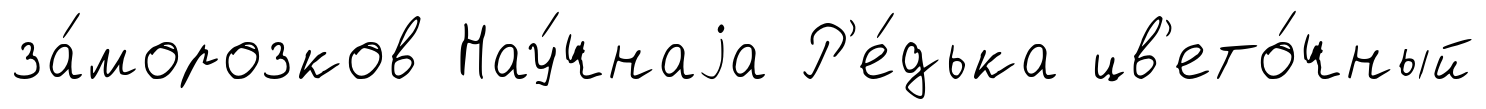
за́морозков Нау́чнаjа Р'е́дька цв'ето́чный